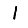
Digit: 1